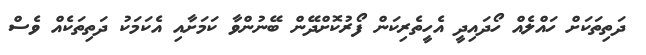
ދަތިތަކަށް ހައްލެއް ހޯދައިދީ އެހީތެރިކަން ފޯރުކޮށްދޭން ބޭނުންވާ ކަމަށާއި އެކަމަކު ދަތިތަކެއް ވެސް